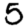
Digit: 5